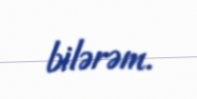
bilərəm.